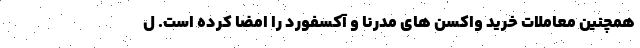
همچنین معاملات خرید واکسن های مدرنا و آکسفورد را امضا کرده است. ل